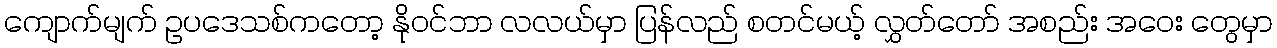
ကျောက်မျက် ဥပဒေသစ်ကတော့ နိုဝင်ဘာ လလယ်မှာ ပြန်လည် စတင်မယ့် လွှတ်တော် အစည်း အဝေး တွေမှာ